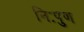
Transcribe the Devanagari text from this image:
निःपुण